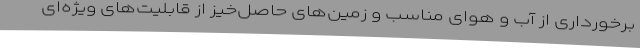
برخورداری از آب و هوای مناسب و زمین‌های حاصل‌خیز از قابلیت‌های ویژه‌ای